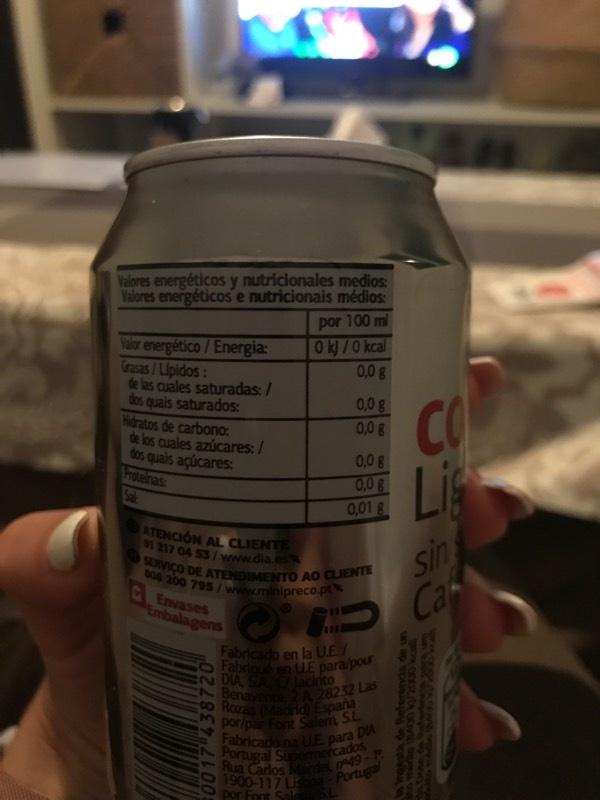
Valores energéticos y nutricionales medios 0017"438720 Valores energéticos e nutricionais médios: por 100 ml 0kJ/O kcal 0,0 g 0,0 g 0,08 0,08 0,08 Valor energético / Energia: Grasas/Lipidos: de las cuales saturadas: / dos quais saturados Hidratos de carbono de los cuales azúcares: / dos quais açúcares: Proteinas CO Li sin Ca 0,01 ATENCIÓN AL CLIENT 1 217 04 53/www.dla SERVICO DE ATENDIMENTO AO CLIENTE s08 200 795/ www.minipreco.pt Envases Embalagens UE Fabricado en la Fabr n UE para/pour DIA acito Bena 28232 Las n por/pa ont Salem S 0 Roza id Espana Fabricado na tE para D Fortugal Spmcados Rua Carlos rdel e49- 1900-117 LE por Font Sale Portugal